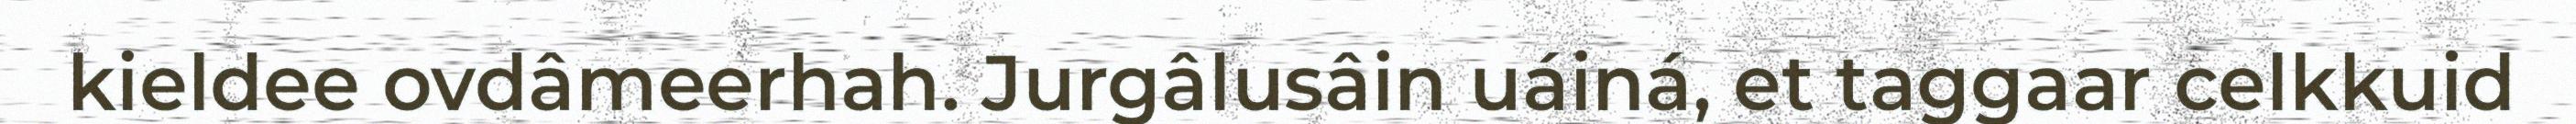
kieldee ovdâmeerhah. Jurgâlusâin uáiná, et taggaar celkkuid